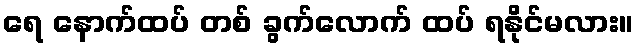
ရေ နောက်ထပ် တစ် ခွက်လောက် ထပ် ရနိုင်မလား။